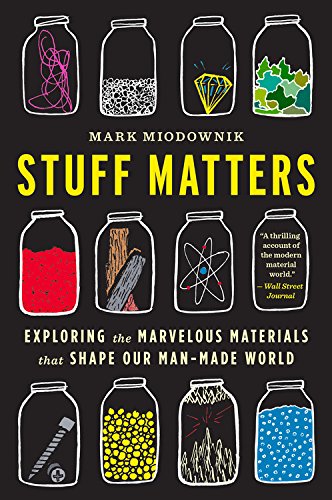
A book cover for Stuff Matters: Exploring the Marvelous Materials That Shape Our Man-Made World; Mark Miodownik; Engineering & Transportation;